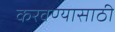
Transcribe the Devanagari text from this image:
करवण्यासाठी